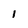
Character: 1